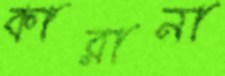
কারানা